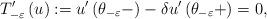
LaTeX: \begin{align*}T_{-\varepsilon }^{\prime }\left( u\right) :=u^{\prime }\left( \theta_{-\varepsilon }-\right) -\delta u^{\prime }\left( \theta _{-\varepsilon}+\right) =0, \end{align*}